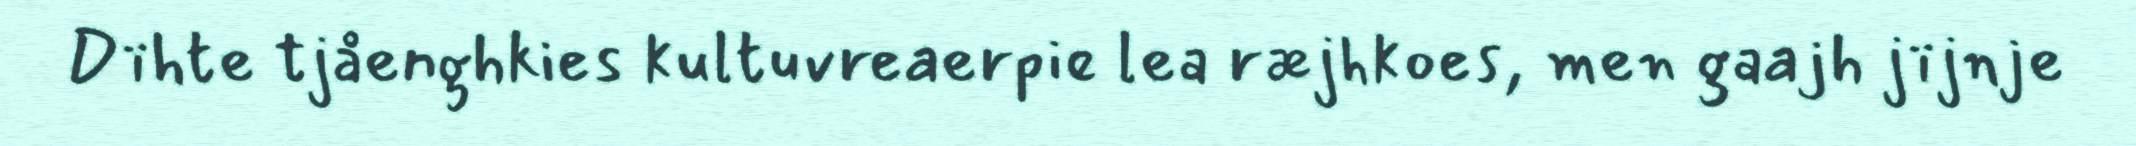
Dïhte tjåenghkies kultuvreaerpie lea ræjhkoes, men gaajh jïjnje